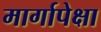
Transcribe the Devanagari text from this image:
मार्गापेक्षा